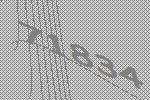
71834